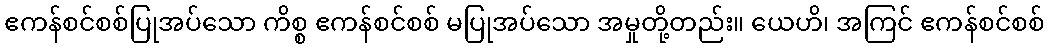
ဧကန်စင်စစ်ပြုအပ်သော ကိစ္စ ဧကန်စင်စစ် မပြုအပ်သော အမှုတို့တည်း။ ယေဟိ၊ အကြင် ဧကန်စင်စစ်